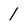
Character: 1